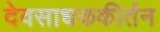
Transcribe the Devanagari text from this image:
देवसाधककीर्तन